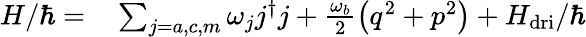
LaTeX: \begin{array}{rl}{H/\hbar=}&{{}\sum_{j=a,c,m}\omega_{j}j^{\dagger}j+\frac{\omega_{b}}{2}\left(q^{2}+p^{2}\right)+H_{\mathrm{dri}}/\hbar}\end{array}